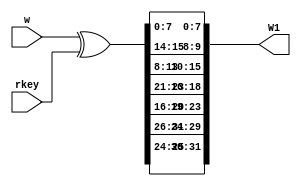
//////////////////////////////////////////////////////////////////////////////////
// Company: 
// Engineer: 
// 
// Design Name: 
// Module Name:    F2 
// Project Name: 
// Target Devices: 
// Tool versions: 
// Description: 
//
// Dependencies: 
//
// Revision: 
// Revision 0.01 - File Created
// Additional Comments: 
//
//////////////////////////////////////////////////////////////////////////////////
module F2(w,rkey,W1);
  input[0:31] w;
  input[0:31] rkey;
  output[0:31] W1;
  wire[0:7] Row[0:3];
  wire[0:31] T;
  assign T=w^rkey;
  assign Row[0]=T[24:31];
  assign Row[1]={T[18:23],T[16:17]};
  assign Row[2]={T[11:15],T[8:10]};
  assign Row[3]={T[6:7],T[0:5]};
  assign W1={Row[3],Row[2],Row[1],Row[0]};

endmodule